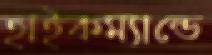
হাইকম্যান্ডে